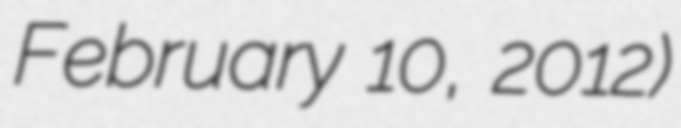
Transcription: February 10, 2012)